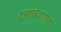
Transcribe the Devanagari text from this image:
दस्तावेजासह